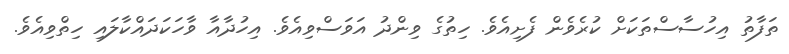
ތަފާތު އިހުސާސްތަކަށް ކުރެވެން ފެށިއެވެ. ހިތުގެ ވިންދު އަވަސްވިއެވެ. އިހުދާއާ ވާހަކަދައްކާލައި ހިތްވިއެވެ.